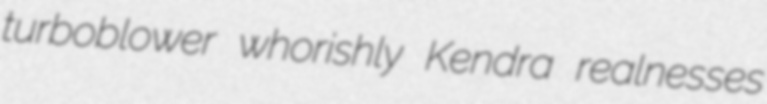
turboblower whorishly Kendra realnesses